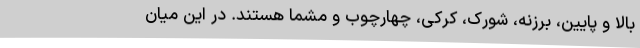
بالا و پایین، برزنه، شورک، کرکی، چهارچوب و مشما هستند. در این میان